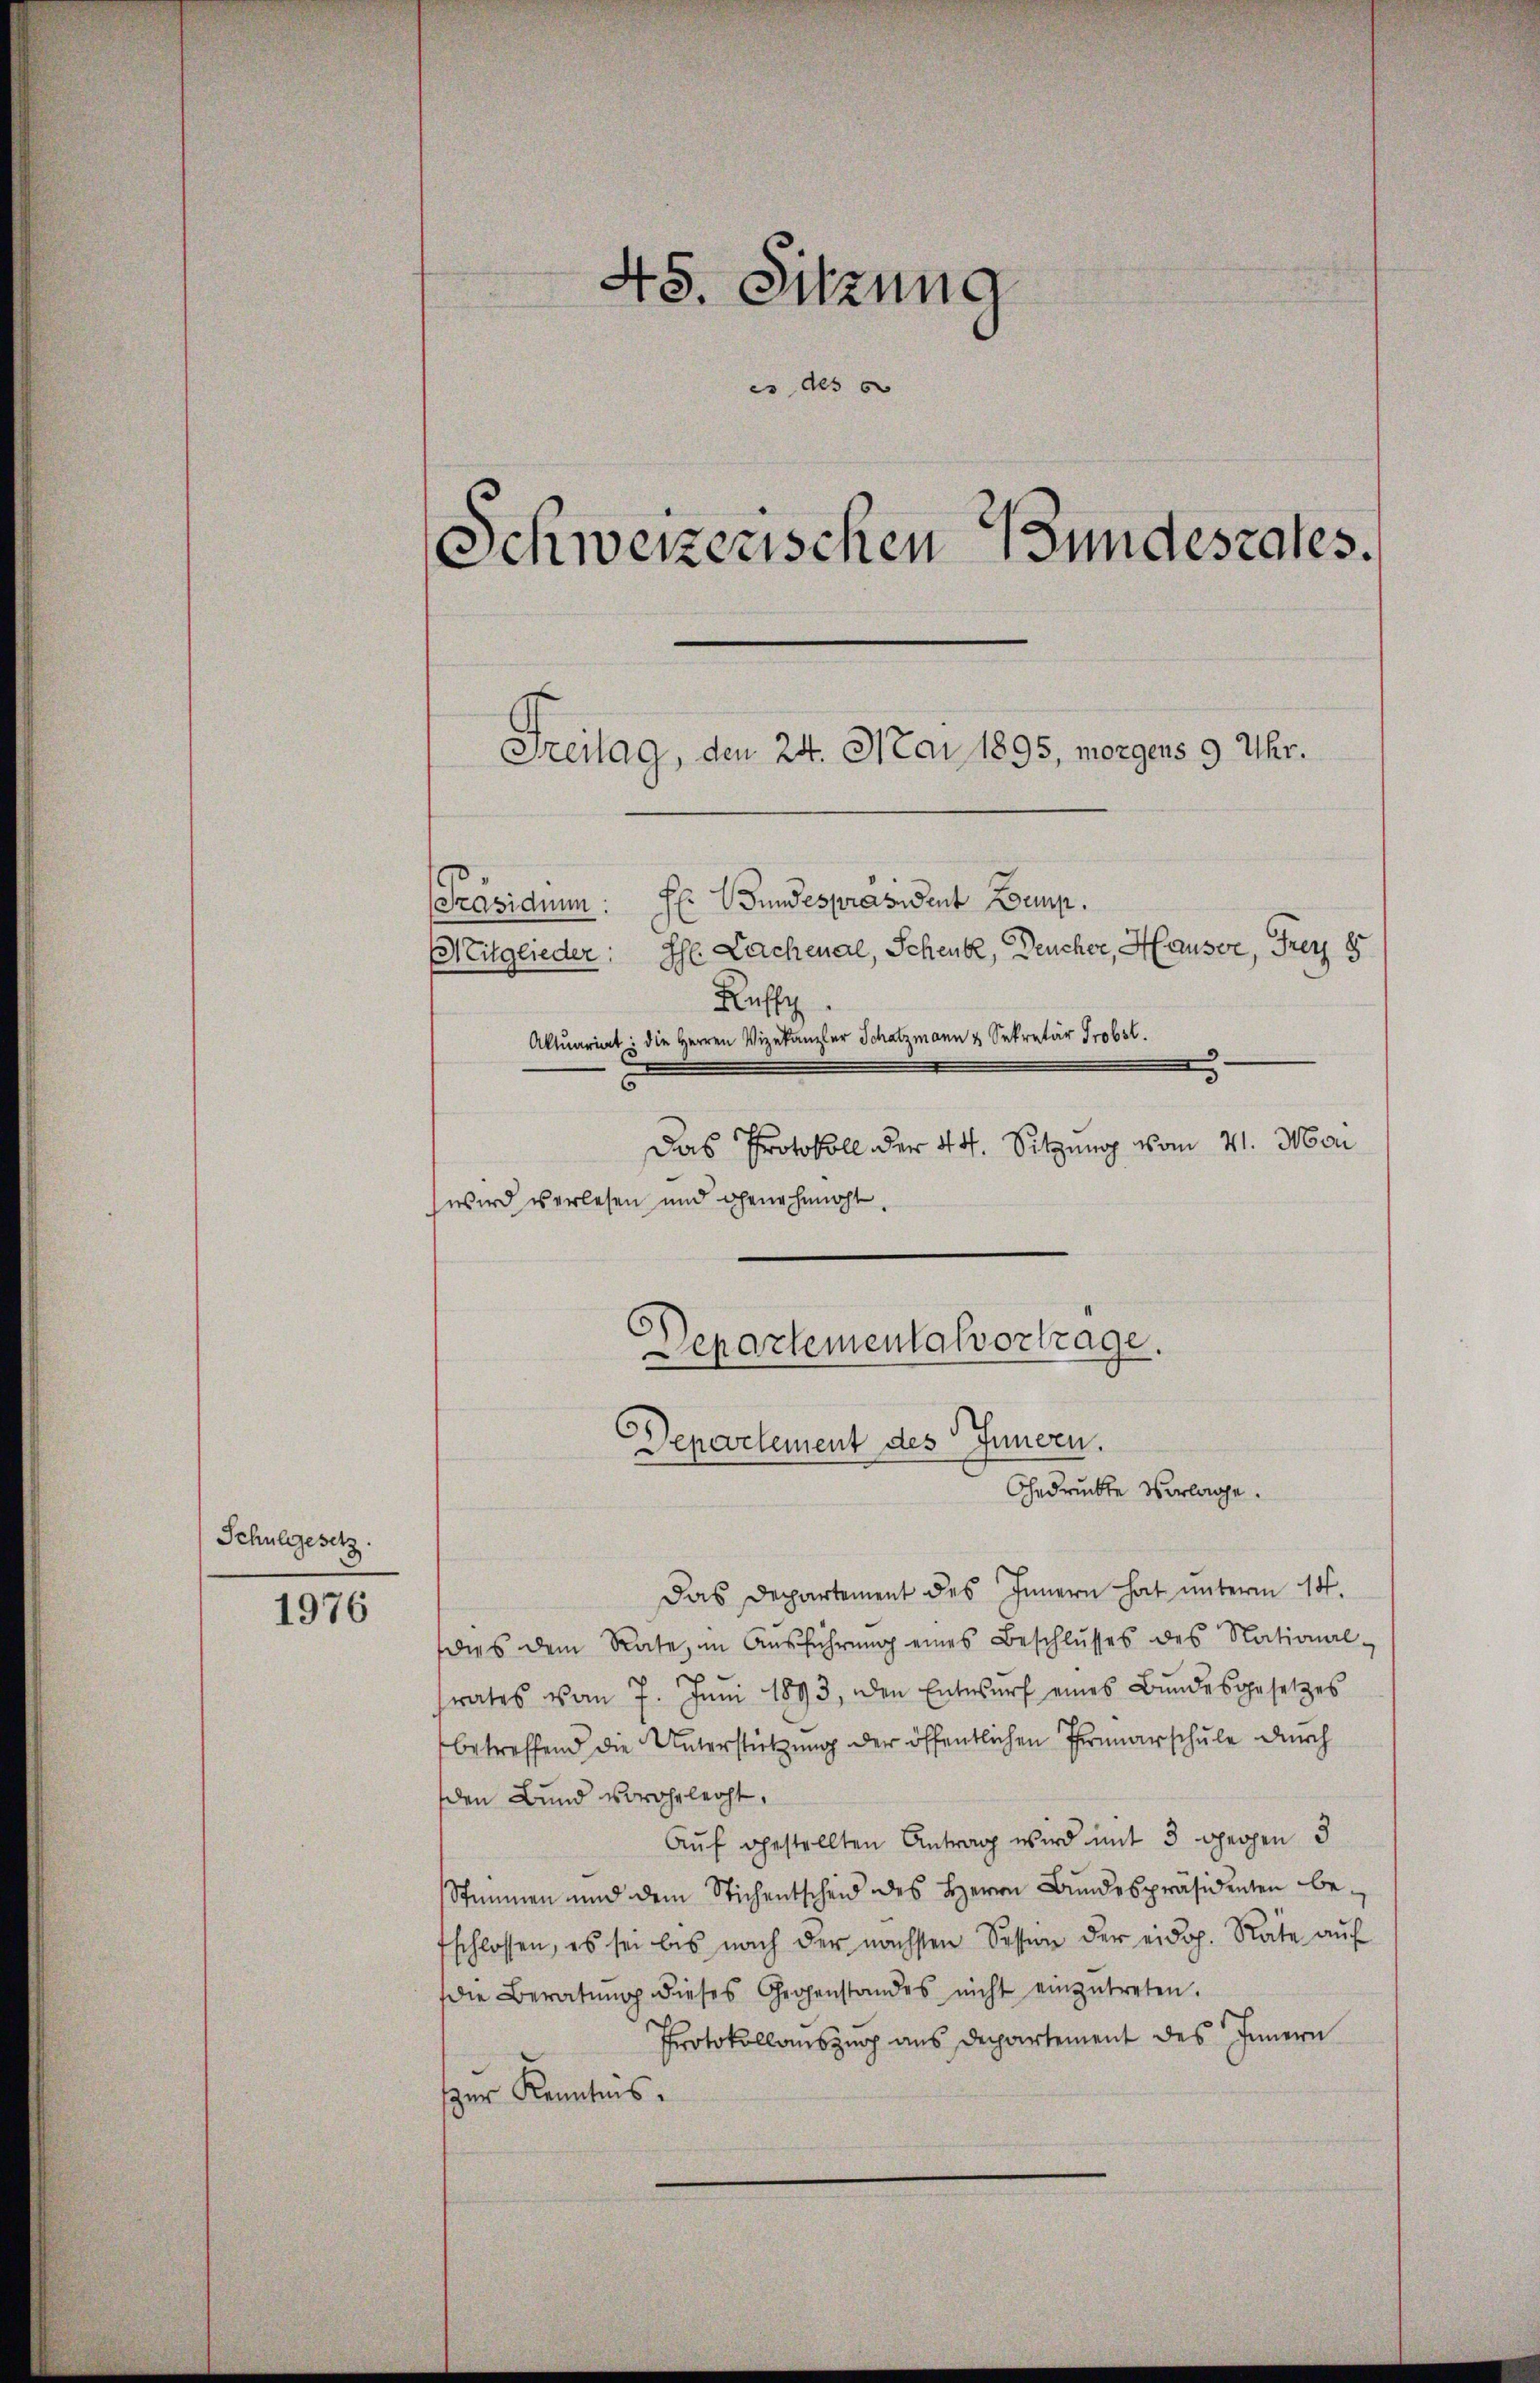
Schulgesetz.

1976

45. Sitzung
es als 60
Schweizerischen Bundesrates.
Freitag, den 24. Mai 1895, morgens 9 Uhr.

Präsidium. E. Bundespräsident Zoemp.
(Mitglieder: Ihr Lachenal, Schenk, Deucher, Hauser, Frey 8
Ruffy.
c
Das Protokoll der 44. Sitzung vom 21. Man
wird verlesen und genehmacht.
Departementalvortrage.

Aktuariat: die Herren Vizekanzler Schatzmann & Sekretär Probst.

Departement des Innern.
Gedrückte Vorlage.

Das Departement des Innern hat unterm 18.
dies dem Rate, im Aŭsführŭng eines Beschlŭsses des National-
rates vom 7. Jŭni 1893, den Entwŭrf eines Bŭndesgesetzes
betreffend die Unterstützung der öffentlichen Primarschule durch
den Bund vorgeleiht.
Auf gestellten Antrag wird mit 3 gegen 3
Stimmen und dem Stichentscheid des Herrn Bŭndespräsidenten be-
fschlossen, es sei bis nach der nächsten Session der eidg. Rate aŭf
die Beratŭng dieses Gegenstandes nicht einzŭtreten.
Protokollauszug aus Departement des Innern
zur Kenntnis.